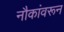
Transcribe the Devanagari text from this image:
नौकांवरून